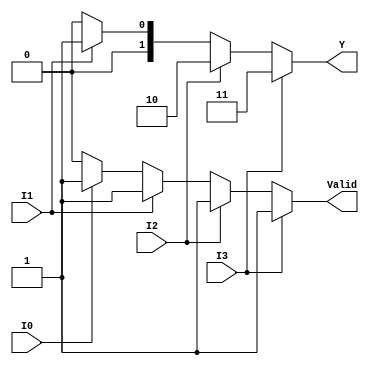
module priority_encoder_4_to_2 (
    input wire I0,  // Input 0
    input wire I1,  // Input 1
    input wire I2,  // Input 2
    input wire I3,  // Input 3
    output reg [1:0] Y,  // 2-bit output
    output reg Valid     // Valid output
);

always @(*) begin
    // Default values
    Y = 2'b00;     // Default output
    Valid = 1'b0;  // Default valid status

    if (I3) begin
        Y = 2'b11;  // Output for active I3
        Valid = 1'b1;
    end
    else if (I2) begin
        Y = 2'b10;  // Output for active I2
        Valid = 1'b1;
    end
    else if (I1) begin
        Y = 2'b01;  // Output for active I1
        Valid = 1'b1;
    end
    else if (I0) begin
        Y = 2'b00;  // Output for active I0
        Valid = 1'b1;
    end
end

endmodule